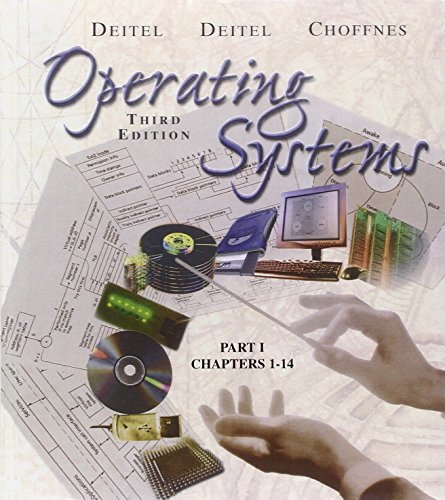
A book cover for Operating Systems (3rd Edition); Harvey M. Deitel; Computers & Technology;